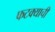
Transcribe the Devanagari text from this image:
फटक्याची